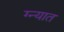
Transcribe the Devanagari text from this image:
ग्न्यात